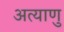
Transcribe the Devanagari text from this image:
अत्याणु